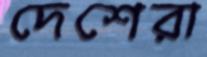
দেশেরা